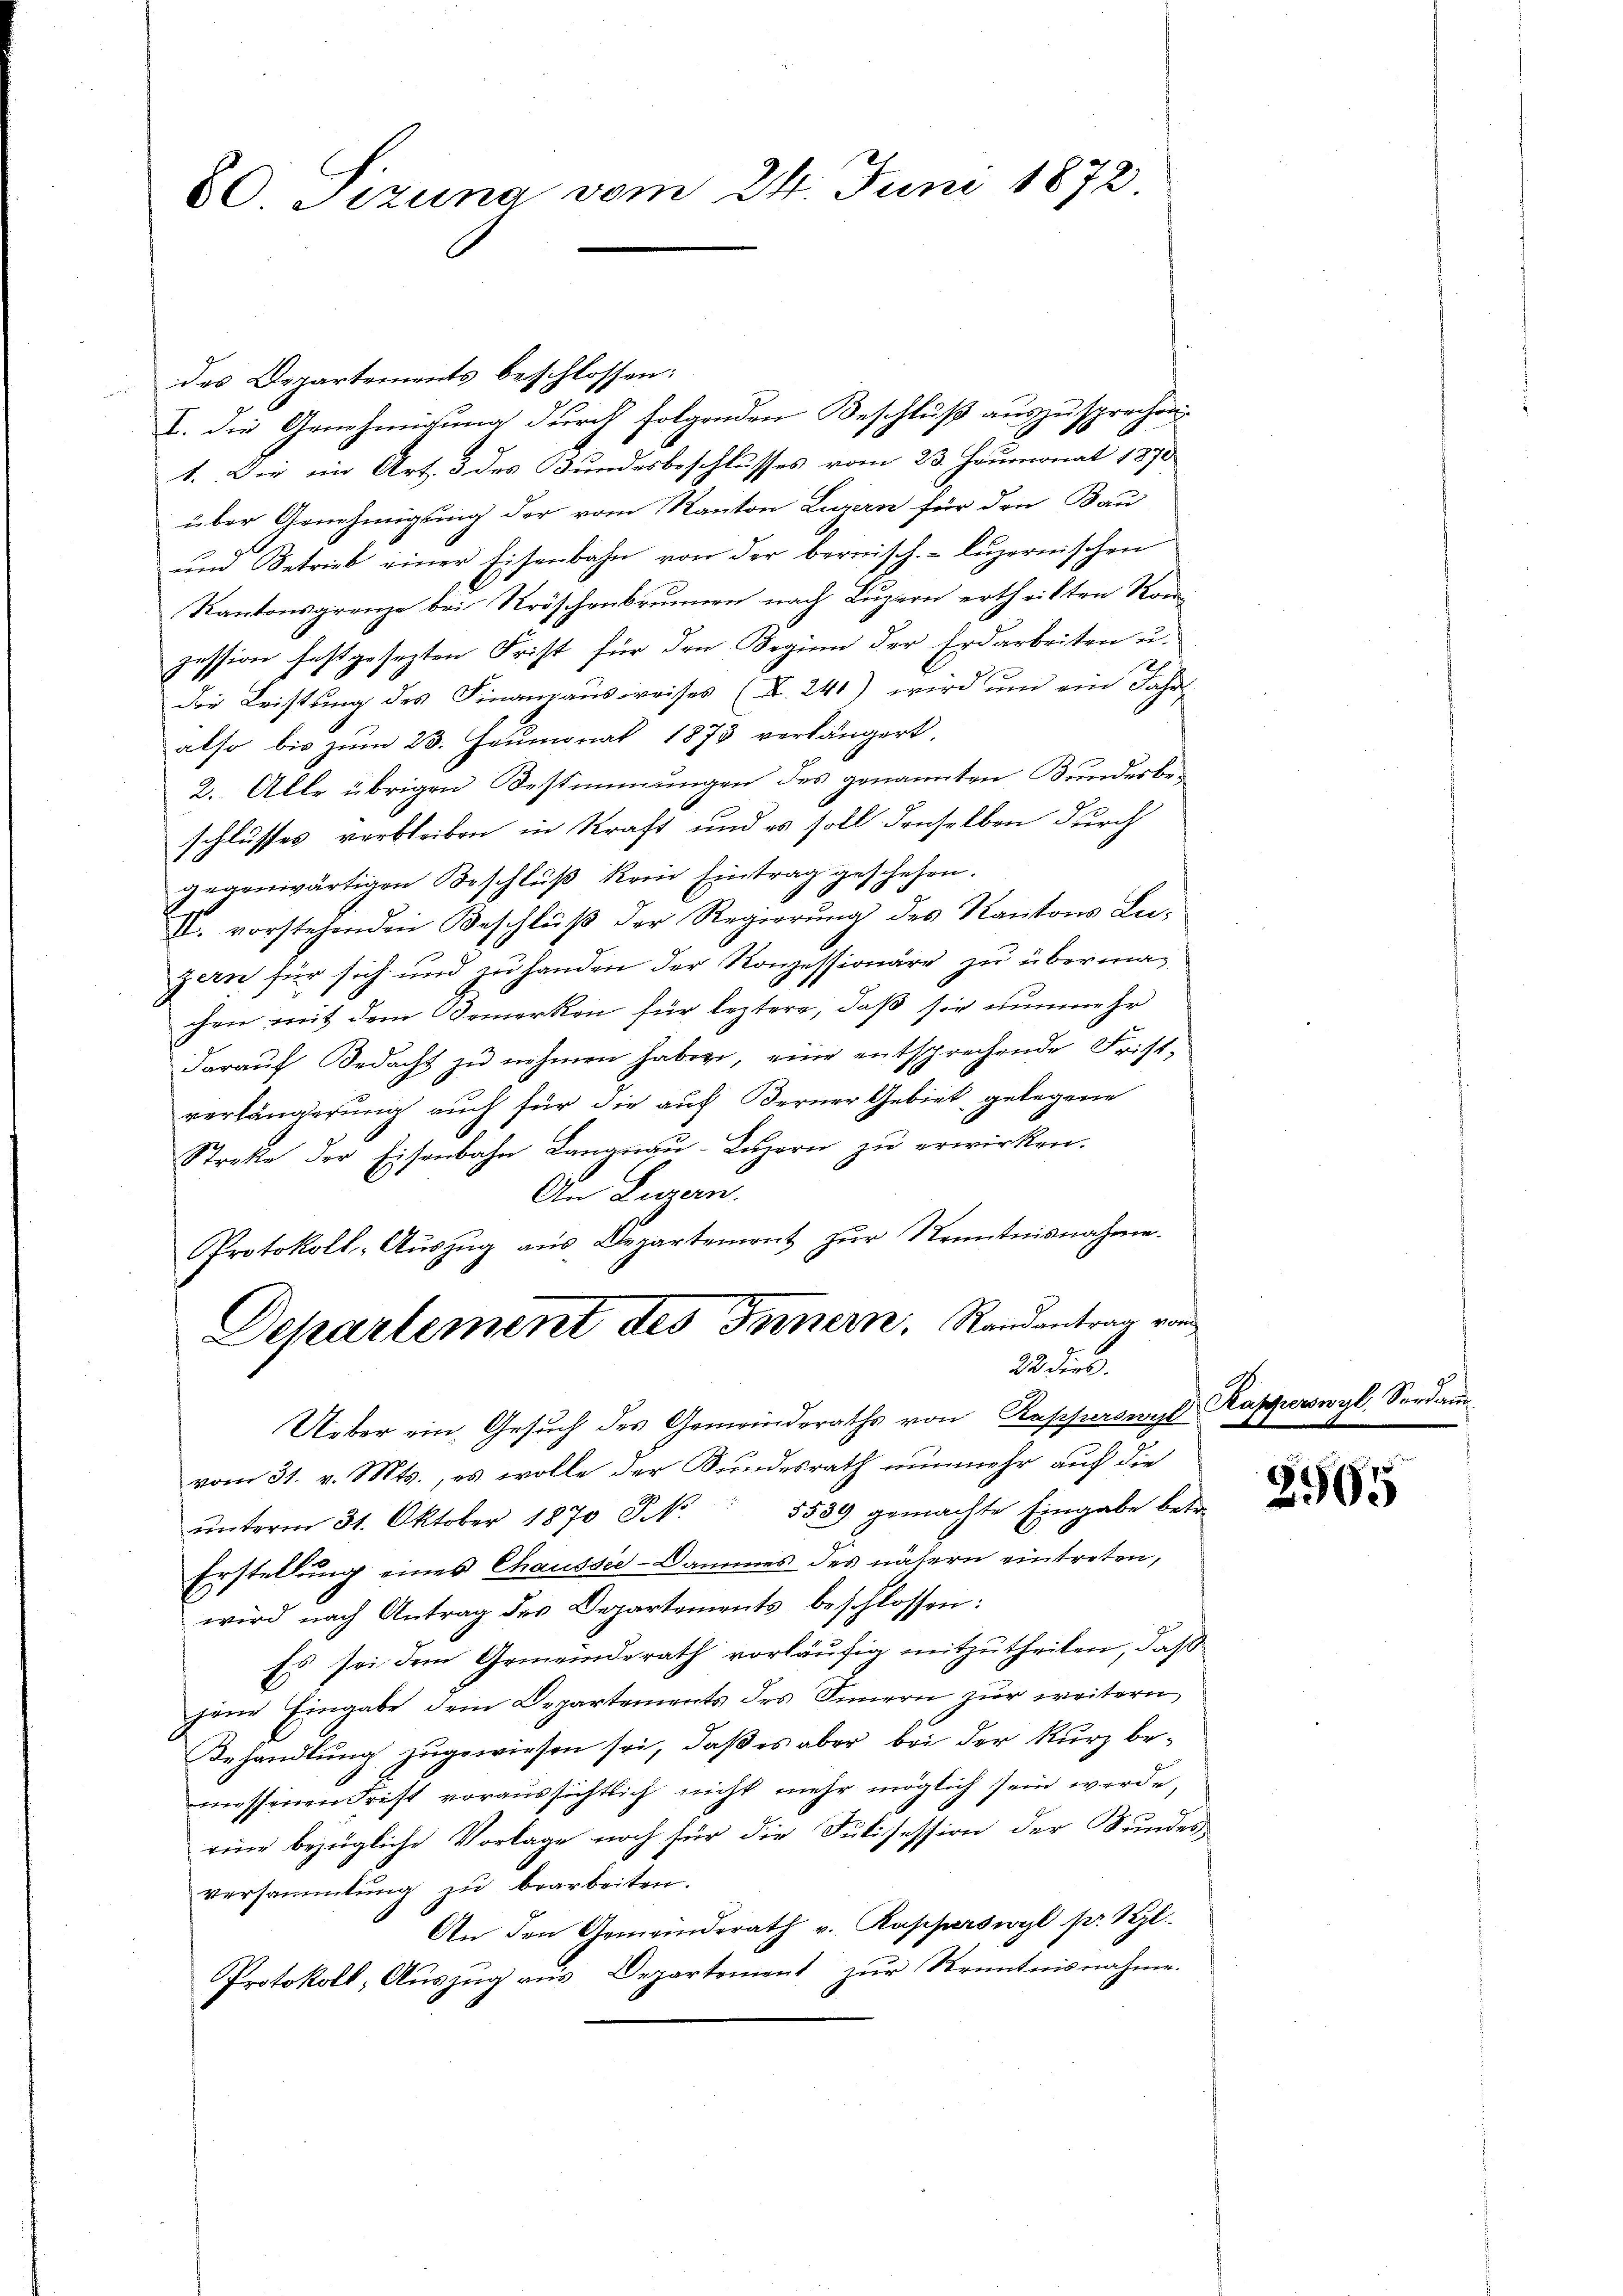
60 Sizung vom 24. Juni 1872

des Departements beschlossen:
I. Die Genehmigung durch folgenden Beschluß auszusprechen,
1. Die im Art. 3 des Bundesbeschlusses vom 23. Heumonat 1870
über Genehmigung der vom Kanton Luzern für den Bau
und Betrieb einer Eisenbahn von der bernisch.- luzernischen
Kantonsgrenze bei Kröschenbrunnen nach Luzern ertheilten Kon
zession festgesezten Frist für den Beginn der Erdarbeiten u.
Die Leistŭng des Finandaŭsweises (S. 241) wird ŭm ein Jahr
also bis zum 23. Heumonat 1873 verlängert.
2. Alle übrigen Bestimmungen des genannten Bunderbeschlusses verbleiben in Kraft und es soll denselben durch
gegenwärtigen Beschluß kein Eintrag geschehen.
II. vorstehenden Beschlŭβ der Regierŭng des Kantons Luzern für sich und zu handen der Konzessionäre zu übermachen mit dem Bemerken für leztere, daß sie nunmehr
darauf Bedacht zu nehmen haben, eine entsprechende Fristverlängerung auch für die auf Berner Gebiet gelegene
Streke der Eisenbahn Langnau-Luzern zu erwirken.
An Luzern.
Protokoll-Aŭszŭg aŭs Departement zŭr Kenntnisnahme.
Departement des Innern, Randantrag von
22 die
Ueber ein Gesuch des Gemeinderaths von Rapperswyl
vom 31. v. Mts., es wolle der Bundesrath nunmehr auf die
ŭnterm 31. Oktober 1870 J. N. 5589 gemachte Eingabe betr.
Erstellung eines Chaussee-Dammes des nähern eintreten,
wird nach Antrag des Departements beschlossen:
Es sei dem Gemeinderath vorläŭfig mitzutheilen, daß
gem Eingabe dem Departements des Innern zur weitern,
Behandlung zugewiesen sei, daß es aber bei der Kurz be-
messenen Frist voraussichtlich nicht mehr möglich sein werde,
eine bezügliche Vorlage noch für die Sulisession der Bundes-
versammlung zu bearbeiten.
An den Gemeinderath v. Rapperswyl pr 1 l.
Protokoll, Auszug aus Departement zur Kenntnisnahme.

Aas

2965